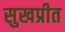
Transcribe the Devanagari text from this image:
सुखप्रीत